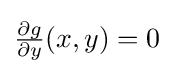
{\tfrac {\partial g}{\partial y}}(x,y)=0